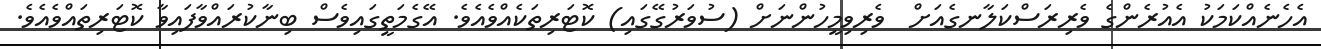
އެހެނެއްކަމަކު އެއުރެންގެ ވެރިރަސްކަލާނގެއަށް  ވެރިވިމީހުންނަށް (ސުވަރުގޭގައި) ކޮޓަރިތަކެއްވެއެވެ. އޭގެމަތީގައިވެސް ބިނާކުރައްވާފައިވާ ކޮޓަރިތައްވެއެވެ.